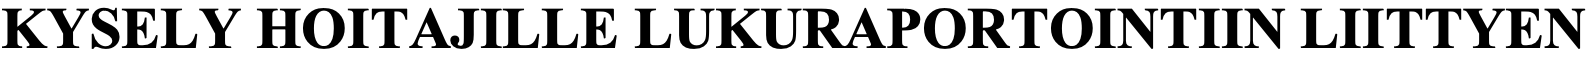
KYSELY  HOITAJILLE   LUKURAPORTOINTIIN     LIITTYEN